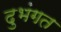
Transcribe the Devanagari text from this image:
दुभंगत